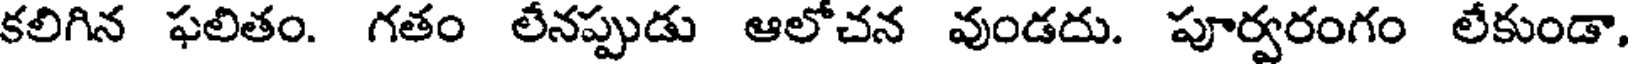
కలిగిన ఫలితం. గతం లేనప్పుడు ఆలోచన వుండదు. పూర్వరంగం లేకుండా,